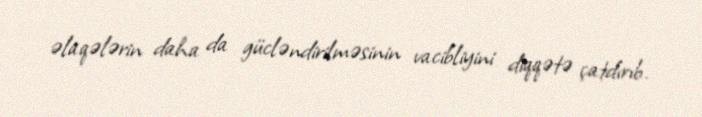
əlaqələrin daha da gücləndirilməsinin vacibliyini diqqətə çatdırıb.